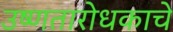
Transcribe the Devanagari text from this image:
उष्णतारोधकाचे